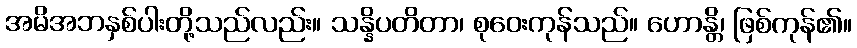
အမိအဘနှစ်ပါးတို့သည်လည်း။ သန္နိပတိတာ၊ စုဝေးကုန်သည်။ ဟောန္တိ၊ ဖြစ်ကုန်၏။